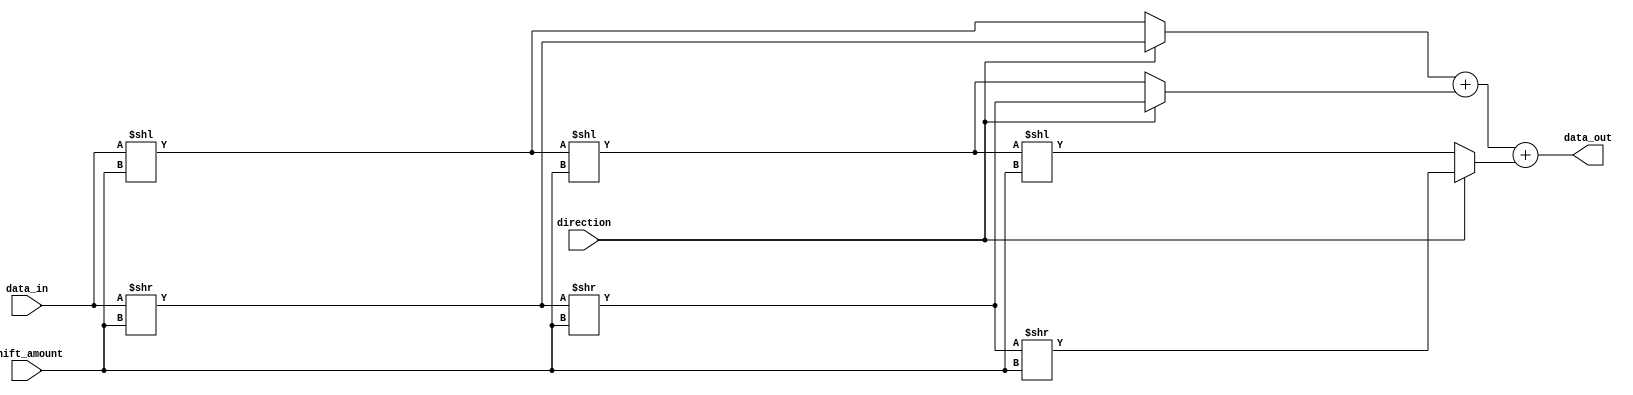
module barrel_shifter (
  input [7:0] data_in, // 8-bit input data
  input [2:0] shift_amount, // 3-bit shift amount control
  input direction, // Shift direction control
  output reg [7:0] data_out // 8-bit output data
);

reg [7:0] shift_1, shift_2, shift_3; // Intermediate shift registers

always @(*) begin
  // Logic for shifting left or right based on direction control
  if (direction) begin // Right shift
    shift_1 = data_in >> shift_amount;
    shift_2 = shift_1 >> shift_amount;
    shift_3 = shift_2 >> shift_amount;
  end else begin // Left shift
    shift_1 = data_in << shift_amount;
    shift_2 = shift_1 << shift_amount;
    shift_3 = shift_2 << shift_amount;
  end

  // Combine shifted segments to generate final output
  data_out = shift_1 + shift_2 + shift_3;
end

endmodule